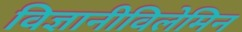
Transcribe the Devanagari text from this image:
विज्ञानीविलेमिन